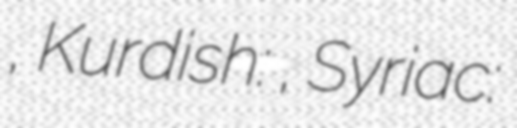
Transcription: أرموطا, Kurdish: هەرمۆتە, Syriac: